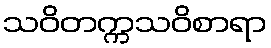
သဝိတက္ကသဝိစာရာ